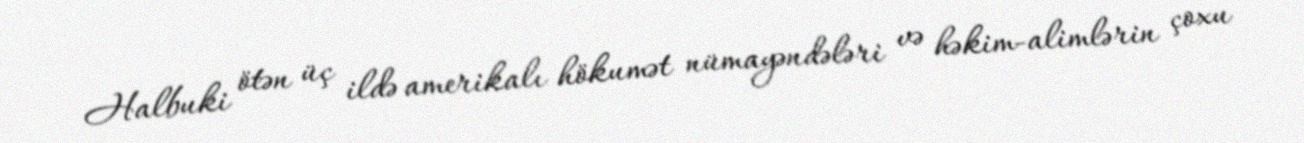
Halbuki ötən üç ildə amerikalı hökumət nümayəndələri və həkim-alimlərin çoxu